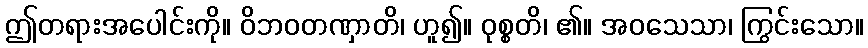
ဤတရားအပေါင်းကို။ ဝိဘဝတဏှာတိ၊ ဟူ၍။ ဝုစ္စတိ၊ ၏။ အဝသေသာ၊ ကြွင်းသော။